Report of the Municipal Commissioner on the plague in Bombay for the year ending 31st May... - Volume 3
Disease focus: Plague
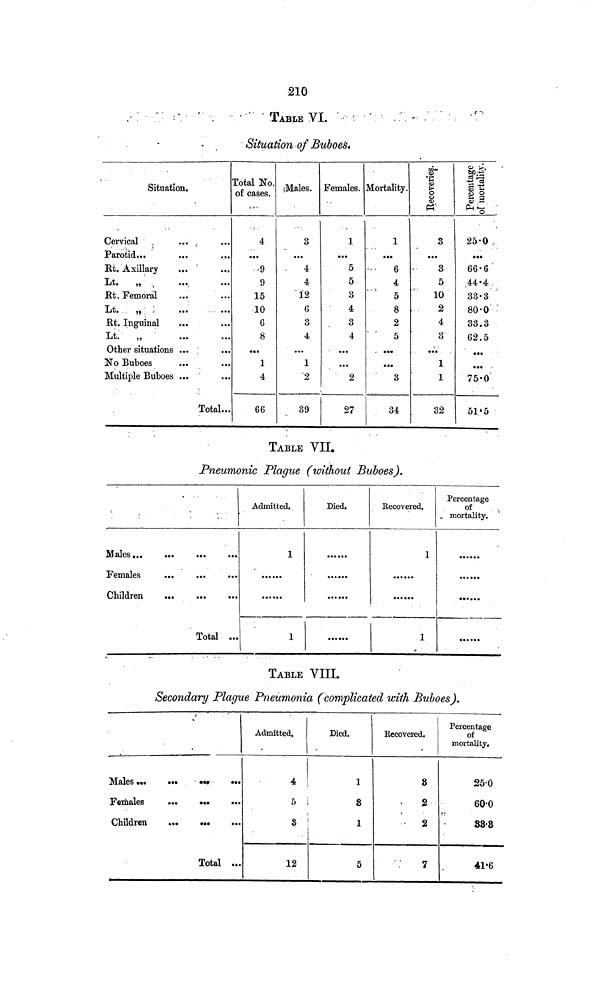
210
TABLE VI.
-
Situation of Buboes*
Situation.
Cervical .
... ,
Parotid...
Ht. Axillary
Lt.
„' ,
Rt. Femoral
Lt.
„ :
Rt. Inguinal
Lt.
„ •
Other situations ...
No Buboes
Multiple Buboes ...
Total...
Total No.
of cases.
4
...
9
15
10
8
*••
1
4
66
Males.
3
...
4
4
12
6
3
4
...
1
2
39
Females.
1
*•*
5
5
3
4
3
4
...
...
2
27
Mortality.
1
...
6
4
5
8
2
5
•••
...
3
34
3
...
3
5
10
2
4
3
• ••
1
1
32
25·0
• ••
66·6
.44·4
33·3
80·0
33·3
62·5
• ••
• •* '
75·0
51·5
TABLE VII.
Pneumonic Plague (without Buboes).
Total ...
Admitted.
1
1
Died.
Kecovered.
1
1
Percentage
of
u mortality.
TABLE VIII.
Secondary Plague Pneumonia (complicated with Buboes).
Females
...
•••
•••
Children
...
...
Total ...
Admitted,
3
12
Died.
1
8
1
5
Kecovered.
3
2
t
2
7
Percentage
of
mortality.
25·0
60·0
88·8
41·6